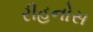
રીહનોસ